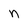
Character: n